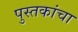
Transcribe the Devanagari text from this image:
पुस्‍तकांचा